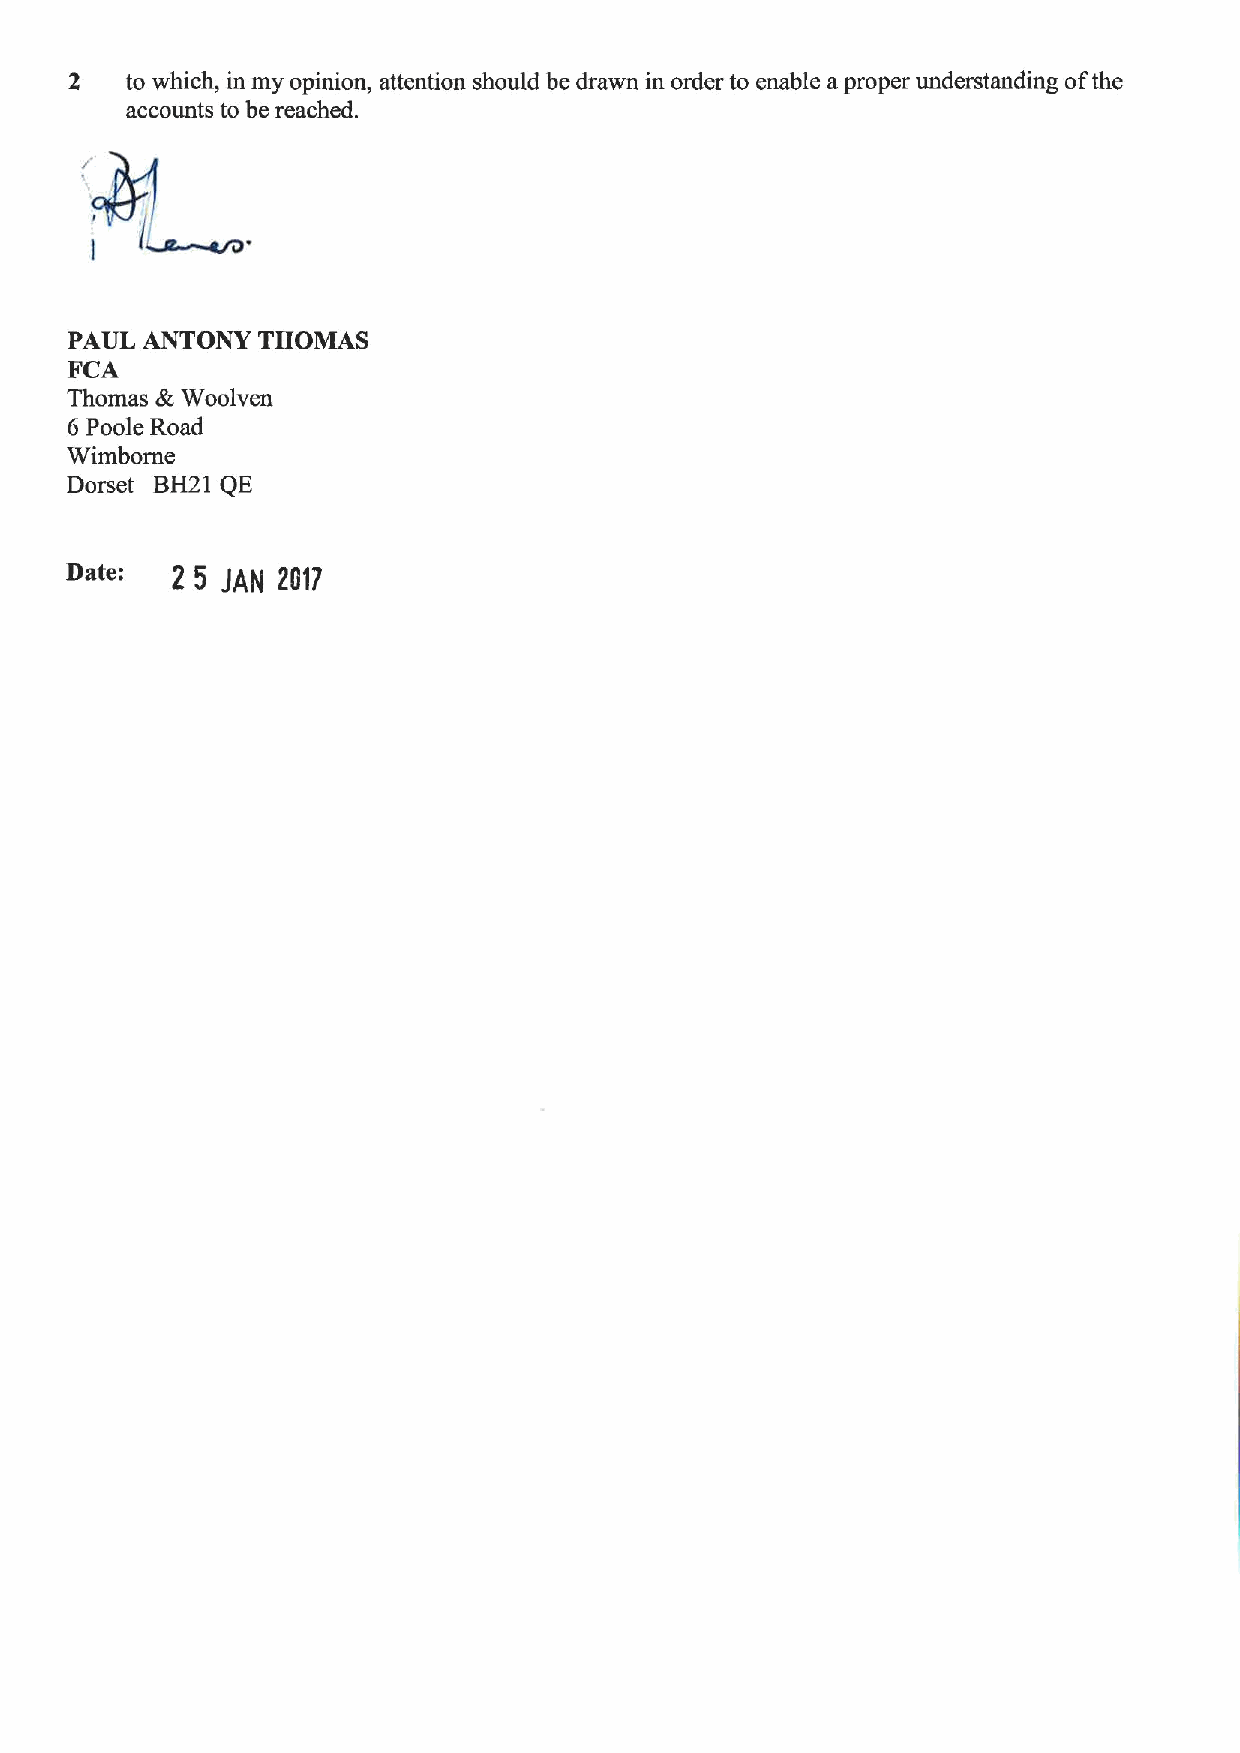
2  to which, in my opinion, attention should be drawn in order to enable aproper understanding ofthe
 accounts to be reached.
 PAUL ANTONY THOMAS
 FCA
 4
 Thomas  Woolven
 6 Poole Road
 Wimborne
 Dorset BH21 QE
 2 5 JAN 2017